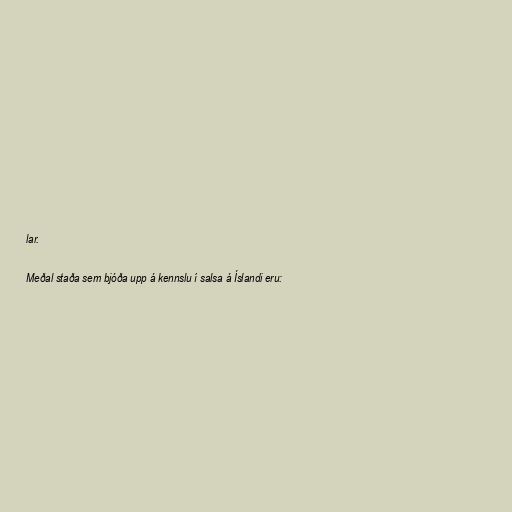
lar.

Meðal staða sem bjóða upp á kennslu í salsa á Íslandi eru: